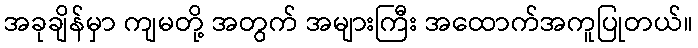
အခုချိန်မှာ ကျမတို့ အတွက် အများကြီး အထောက်အကူပြုတယ်။